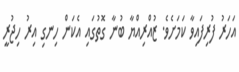
އަހަރު ފުރިފައިވާ ކަމަށެވެ. ޒުއްރިއްޔާ ބުނާ ގޮތުގައި އެކަން ހިނގި އިރު ހިޖުރީ